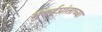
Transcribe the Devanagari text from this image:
मुंबईप्रांताच्या